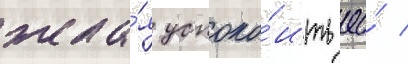
жела́я успоко́ить ео́ /